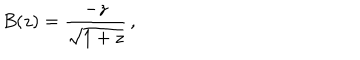
B ( z ) = { \frac { - z } { \sqrt { 1 + z } } } \, ,